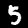
Label: 5